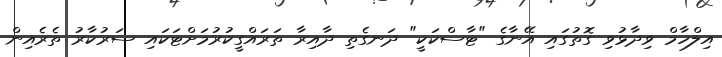
އިލްހާމް ވިދާޅުވި ގޮތުގައި އޭނާގެ "ޓާސްކަކީ" ދަނގެތި ދާއިރާ ތަރައްގީކުރުމަށްޓަކައި ސަރުކާރު ތެރެއިން